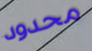
محدود